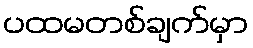
ပထမတစ်ချက်မှာ